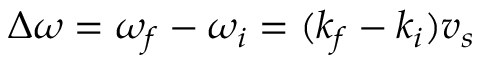
\Delta \omega = \omega _ { f } - \omega _ { i } = ( k _ { f } - k _ { i } ) v _ { s }